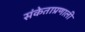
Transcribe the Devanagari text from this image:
संकेताप्रणाली